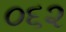
૦૬૨